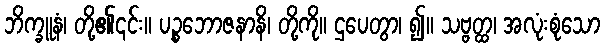
ဘိက္ခူနံ၊ တို့၏၎င်း။ ပဉ္စဘောဇနာနိ၊ တို့ကို။ ဌပေတွာ၊ ၍။ သဗ္ဗတ္ထ၊ အလုံးစုံသော